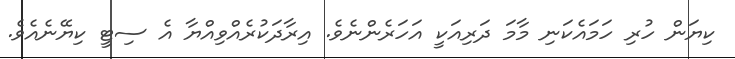
ކިޔަން ހުރި ހަމައެކަނި މާމަ ދަރިއަކީ އަހަރެންނެވެ. އިރާދަކުރެއްވިއްޔާ އެ ސިޓީ ކިޔޭނެއެވެ.